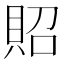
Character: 𧵓